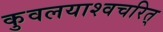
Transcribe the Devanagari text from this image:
कुवलयाश्वचरित्